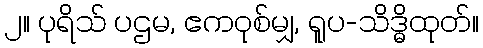
၂။ ပုရိသ် ပဌမ, ဧကဝုစ်မျှ, ရူပ-သိဒ္ဓိထုတ်။